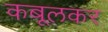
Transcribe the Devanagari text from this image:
कबूलकर